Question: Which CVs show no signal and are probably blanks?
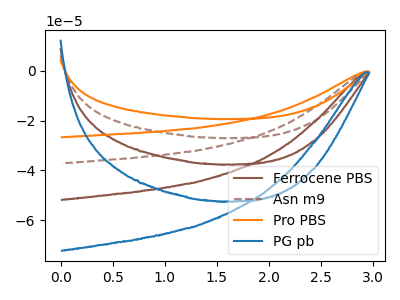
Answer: <think>The brown curve "Ferrocene PBS" has no peaks. The brown dashed curve "Asn m9" has no peaks. The orange curve "Pro PBS" has no peaks. The blue curve "PG pb" has no peaks.</think>
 <answer>"Ferrocene PBS", "Asn m9", "Pro PBS" and "PG pb" are likely to be blanks.</answer>
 <eval>"Ferrocene PBS", "Asn m9", "Pro PBS", "PG pb"</eval>